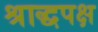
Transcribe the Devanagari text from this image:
श्राद्धपक्ष